Annual administration report of the Civil Veterinary Department of India - 1897-1898
Year: 1897
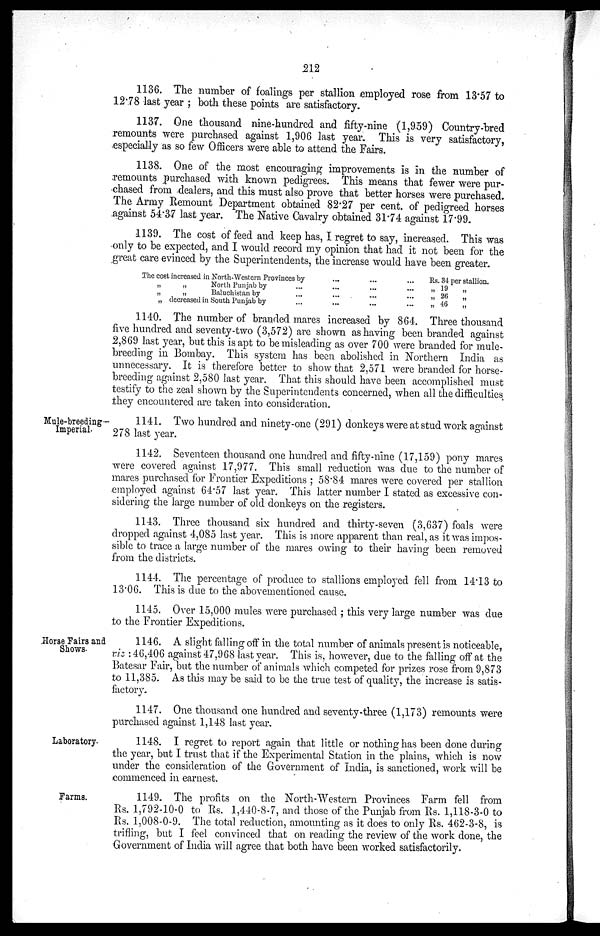
212
1136. The number of foalings per stallion employed rose from 13.57 to
12.78 last year; both these points are satisfactory.
1137. One thousand nine-hundred and fifty-nine (1,959) Country-bred
remounts were purchased against 1,906 last year. This is very satisfactory,
especially as so few Officers were able to attend the Fairs.
1138. One of the most encouraging improvements is in the number of
remounts purchased with known pedigrees. This means that fewer were pur-
chased from dealers, and this must also prove that better horses were purchased.
The Army Remount Department obtained 82.27 per cent. of pedigreed horses
against 54.37 last year. The Native Cavalry obtained 31.74 against 17.99.
1139. The cost of feed and keep has, I regret to say, increased. This was
only to be expected, and I would record my opinion that had it not been for the
great care evinced by the Superintendents, the increase would have been greater.
The cost increased in North-Western Provinces by
„
„
North Punjab by
„
„
Baluchistan by
„ decreased in South Punjab by
...
...
...
...
...
...
...
...
...
...
...
...
...
...
Rs. 34 per stallion.
10
„ 26 „
„ 46
„
1140. The number of branded mares increased by 864. Three thousand
five hundred and seventy-two (3,572) are shown as having been branded against
2,869 last year, but this is apt to be misleading as over 700 were branded for mule-
breeding in Bombay. This system has been abolished in Northern India as
unnecessary. It is therefore better to show that 2,571 were branded for horse-
breeding against 2,580 last year. That this should have been accomplished must
testify to the zeal shown by the Superintendents concerned, when all the difficulties
they encountered are taken into consideration.
Mule-breeding—
Imperial.
1141. Two hundred and ninety-one (291) donkeys were at stud work against
278 last year.
1142. Seventeen thousand one hundred and fifty-nine (17,159) pony mares
were covered against 17,977. This small reduction was due to the number of
mares purchased for Frontier Expeditions; 58.84 mares were covered per stallion
employed against 64.57 last year. This latter number I stated as excessive con-
sidering the large number of old donkeys on the registers.
1143. Three thousand six hundred and thirty-seven (3,637) foals were
dropped against 4,085 last year. This is more apparent than real, as it was impos-
sible to trace a large number of the mares owing to their having been removed
from the districts.
1144. The percentage of produce to stallions employed fell from 14.13 to
13.06. This is due to the abovementioned cause.
1145. Over 15,000 mules were purchased; this very large number was due
to the Frontier Expeditions.
Horse Fairs and
Shows.
1146. A slight falling off in the total number of animals present is noticeable,
viz: 46,406 against 47,968 last year. This is, however, due to the falling off at the
Batesar Fair, but the number of animals which competed for prizes rose from 9,873
to 11,385. As this may be said to be the true test of quality, the increase is satis-
factory.
1147. One thousand one hundred and seventy-three (1,173) remounts were
purchased against 1,148 last year.
Laboratory.
1148. I regret to report again that little or nothing has been done during
the year, but I trust that if the Experimental Station in the plains, which is now
under the consideration of the Government of India, is sanctioned, work will be
commenced in earnest.
Farms.
1149. The profits on the North-Western Provinces Farm fell from
Rs. 1,792-10-0 to Rs. 1,440-8-7, and those of the Punjab from Rs. 1,118-3-0 to
Rs. 1,008-0-9. The total reduction, amounting as it does to only Rs. 462-3-8, is
trifling, but I feel convinced that on reading the review of the work done, the
Government of India will agree that both have been worked satisfactorily.